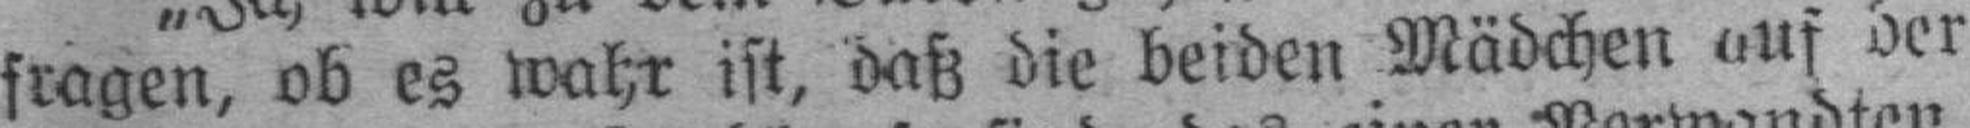
fragen, ob es wahr ist, daß die beiden Mädchen auf ber